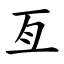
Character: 亙